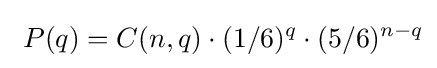
\ P(q)=C(n,q)\cdot (1/6)^{q}\cdot (5/6)^{n-q}